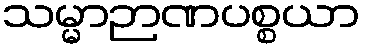
သမ္မာဉာဏပစ္စယာ